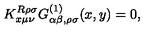
K _ { x \mu \nu } ^ { R \rho \sigma } G _ { \alpha \beta , \rho \sigma } ^ { ( 1 ) } ( x , y ) = 0 ,